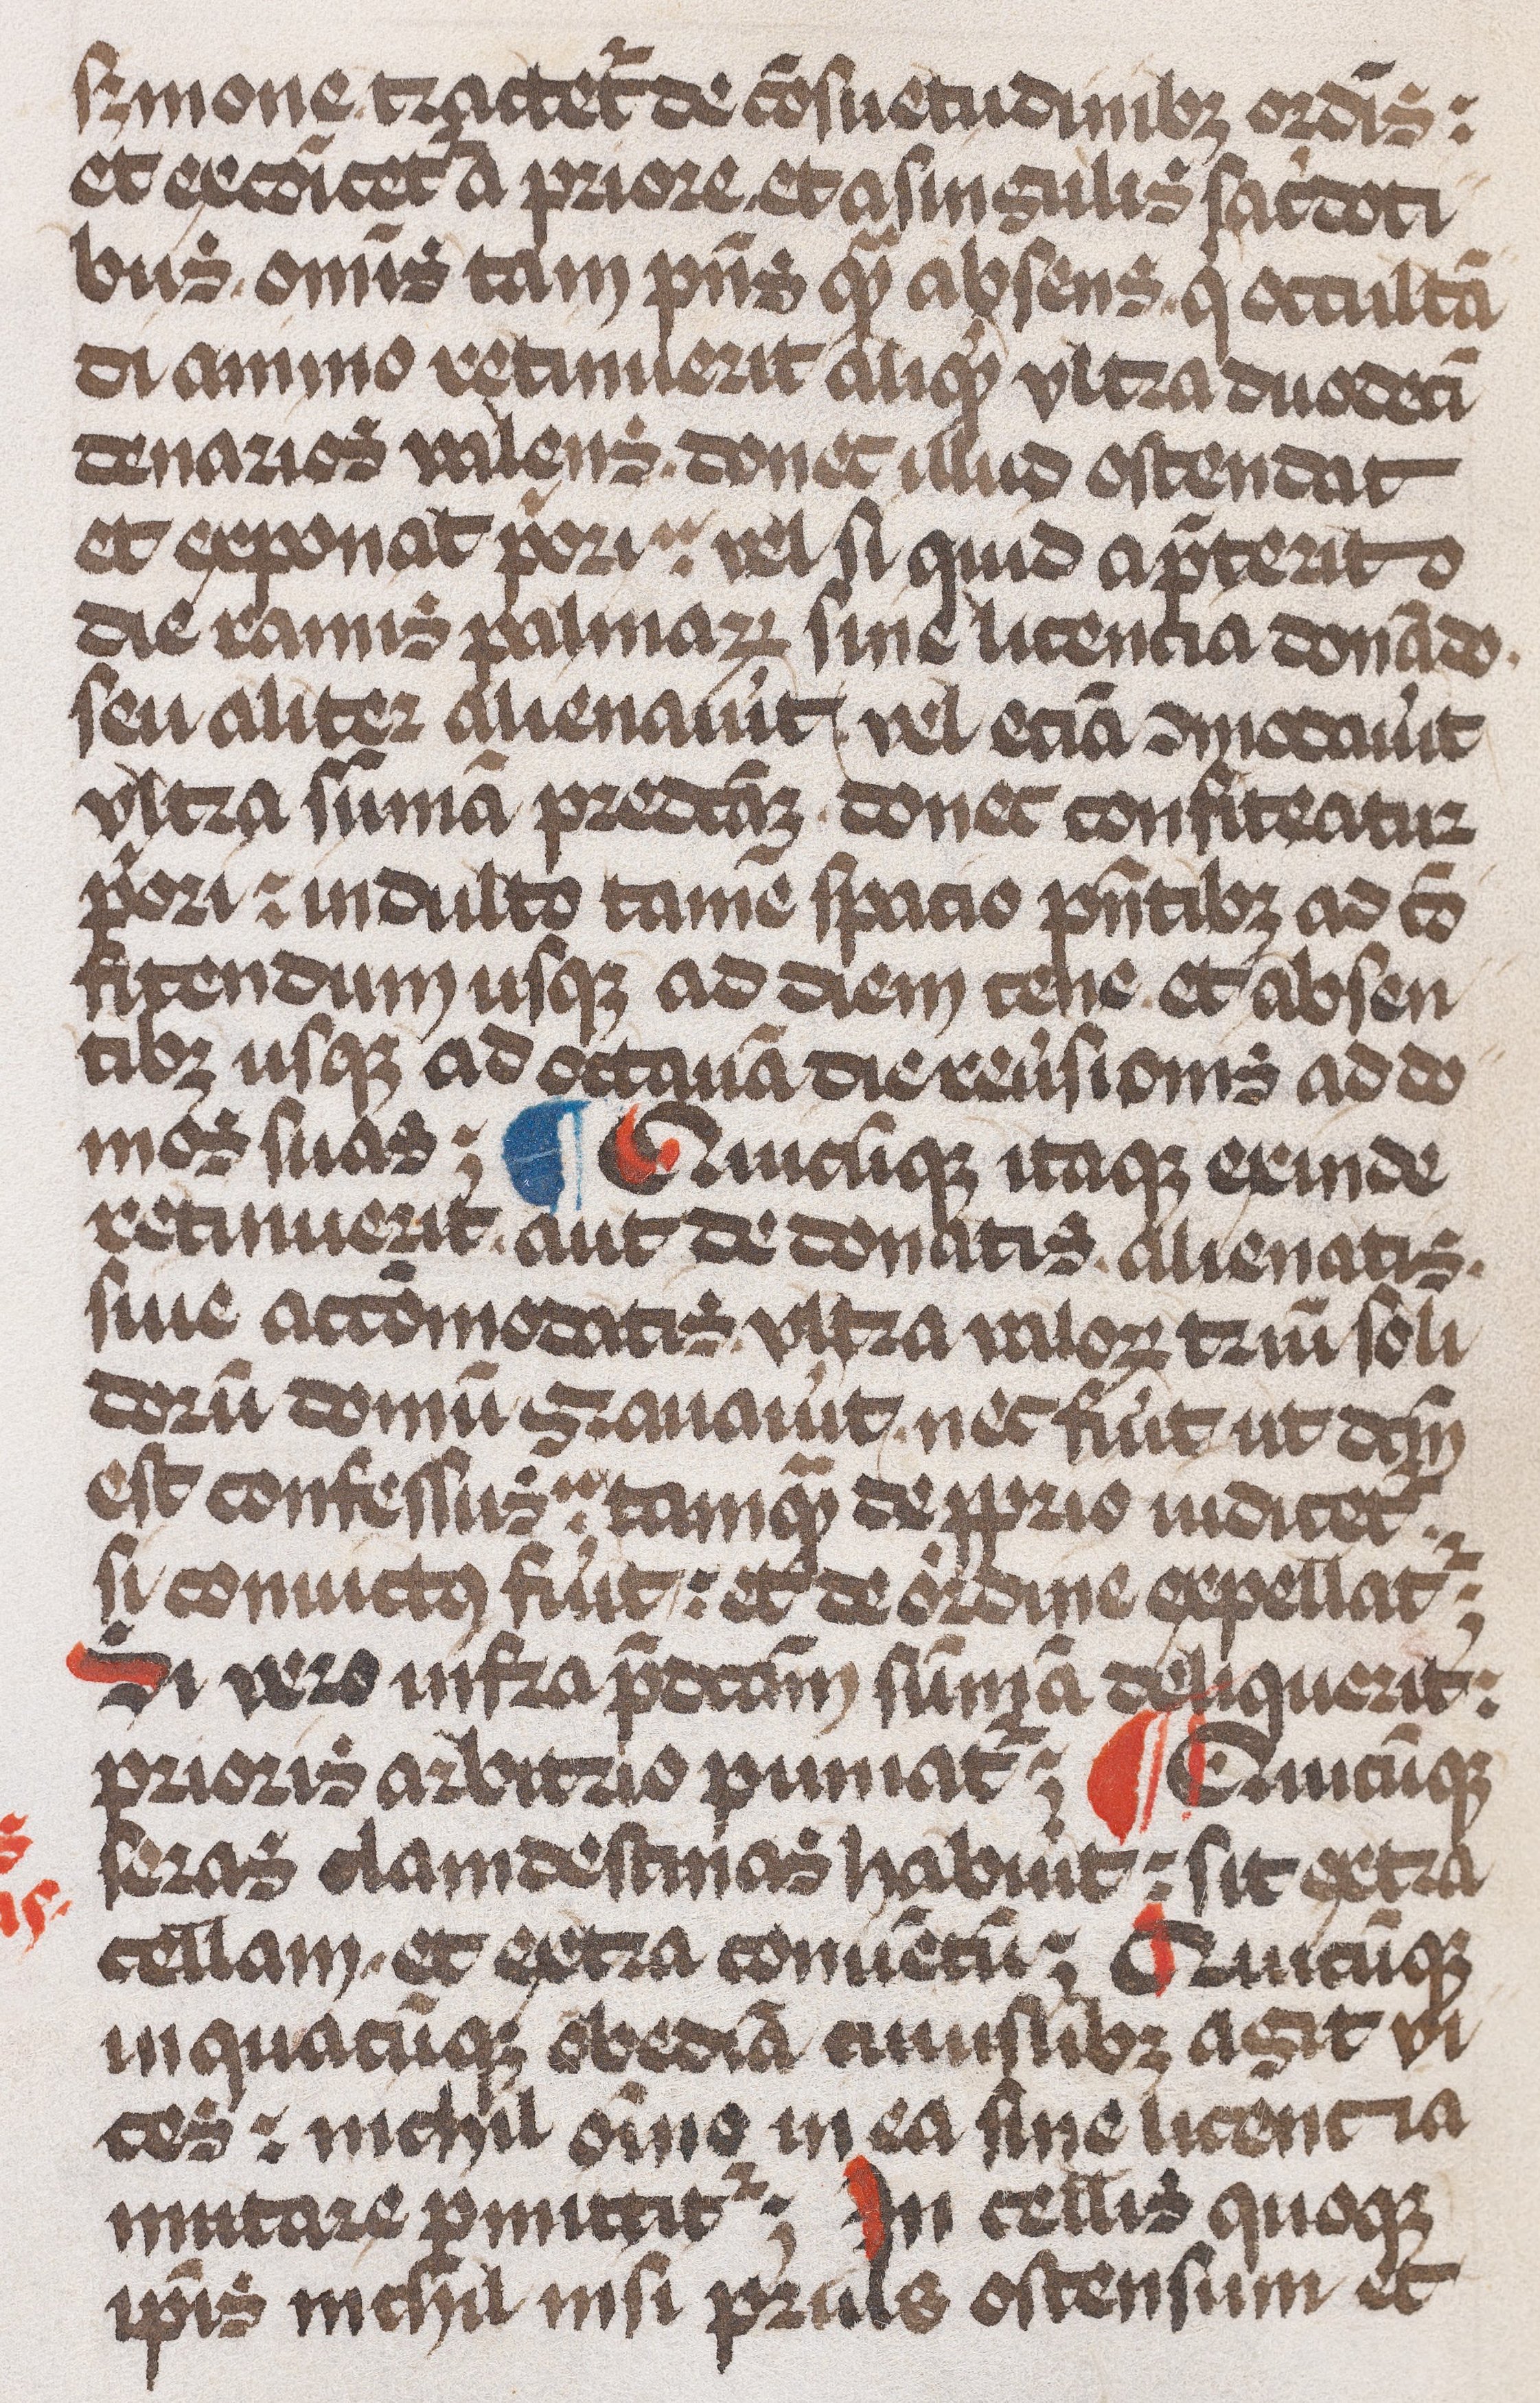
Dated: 1479–1479